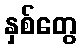
နှစ်တွေ